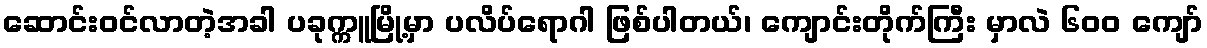
ဆောင်းဝင်လာတဲ့အခါ ပခုက္ကူမြို့မှာ ပလိပ်ရောဂါ ဖြစ်ပါတယ်၊ ကျောင်းတိုက်ကြီး မှာလဲ ၆၀၀ ကျော်